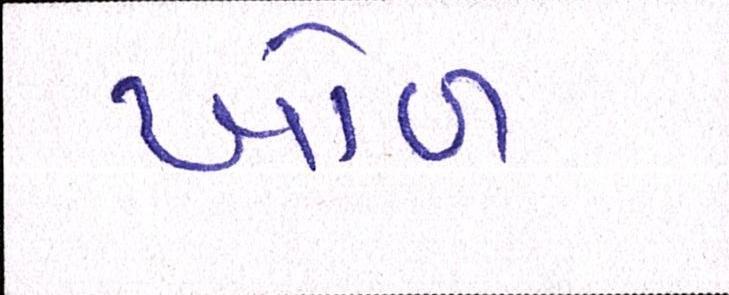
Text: ખોળ